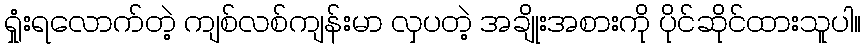
ရှုံးရလောက်တဲ့ ကျစ်လစ်ကျန်းမာ လှပတဲ့ အချိုးအစားကို ပိုင်ဆိုင်ထားသူပါ။